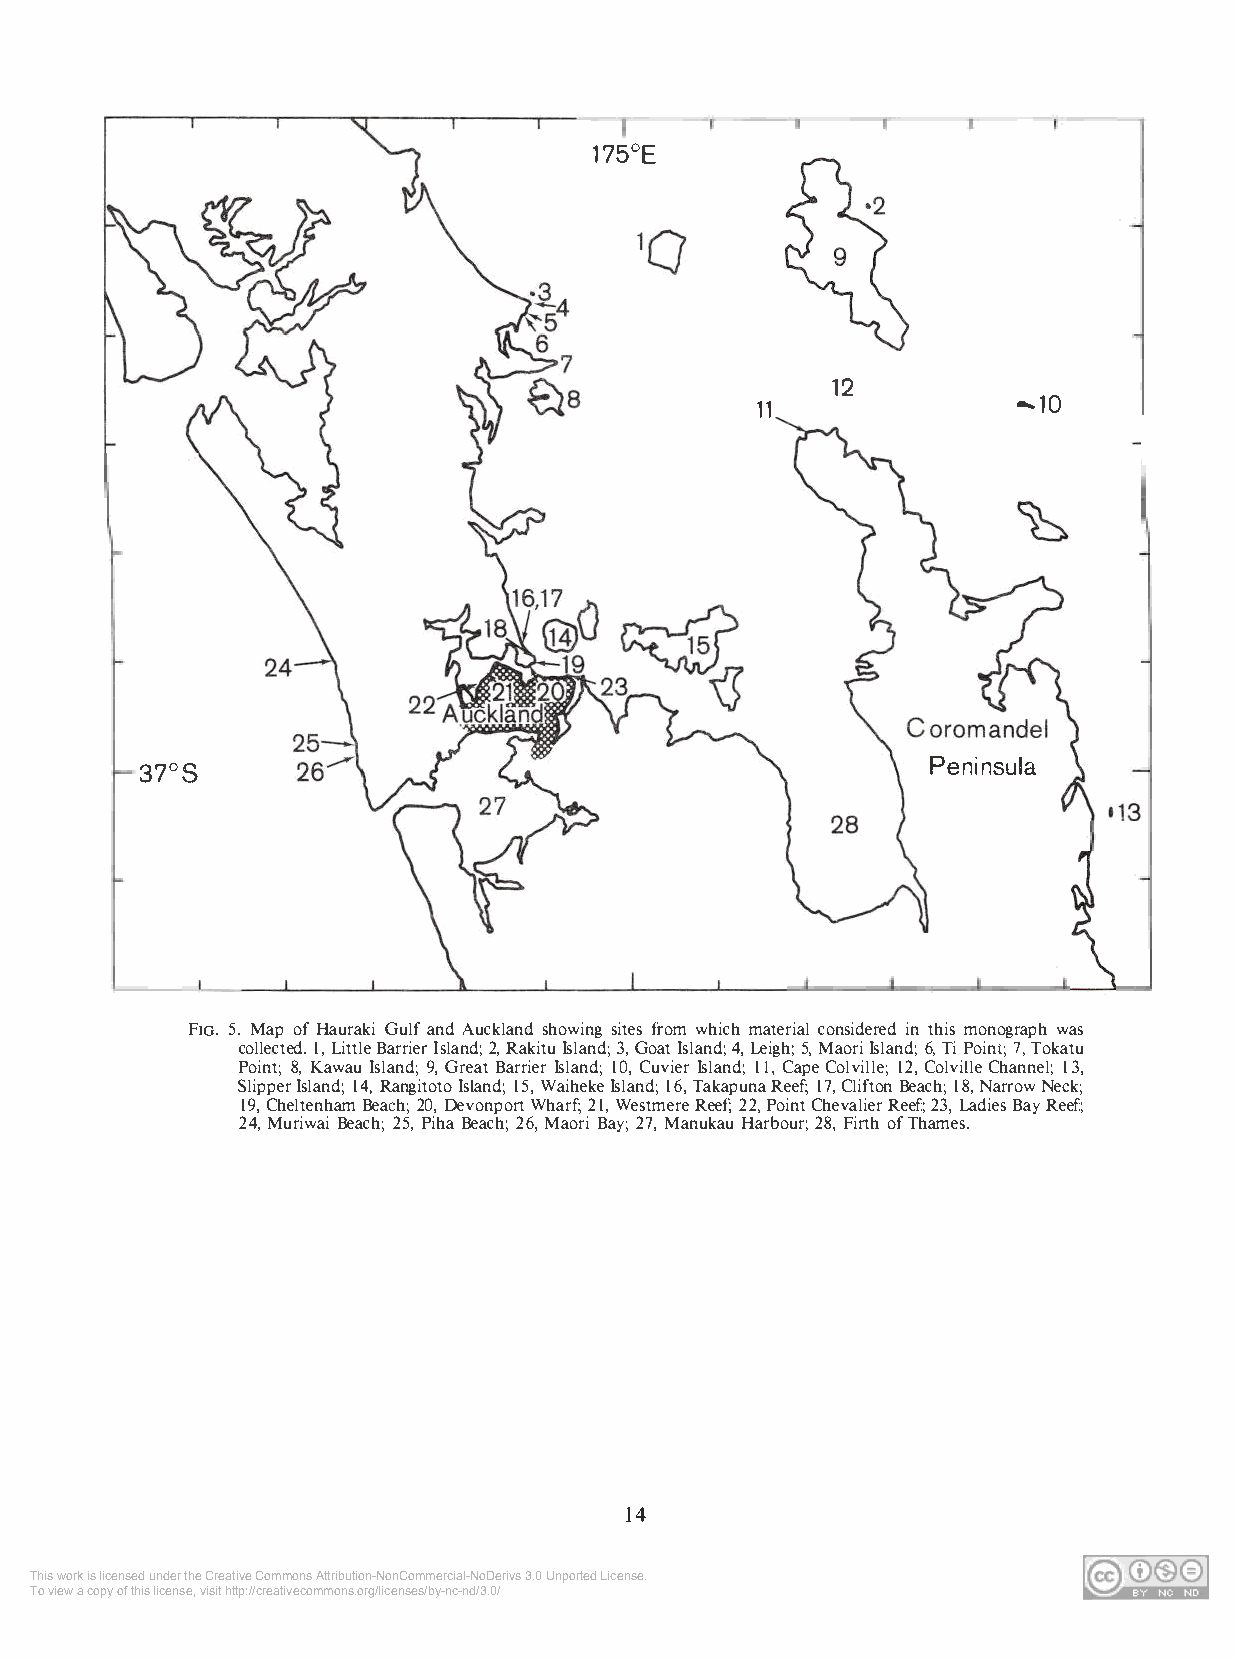
175°E
 12
 11               -10
 37°S                                                 Peninsula
 Fro. 5. Map of Hauraki Gulf and Auckland showing sites from which material considered in this monograph was
 collected. !, Little Barrier Island; 2, Rakitu Island; 3, Goat Island; 4, Leigh; 5, Maori Island; 6, Ti Point; 7, Tokatu
 Point; 8, Kawau Island; 9, Great Barrier Island; 10, Cuvier Island; 11, Cape Colville; 12, Colville Channel; 13,
 Slipper Island; 14, Rangitoto Island; 15, Waiheke Island; 16, Takapuna Reef; 17, Clifton Beach; 18, Narrow Neck;
 19, Cheltenham Beach; 20, Devonport Wharf; 21, Westmere Reef; 22, Point Chevalier Reef; 23, Ladies Bay Reef;
 24, Muriwai Beach; 25, Piha Beach; 26, Maori Bay; 27, Manukau Harbour; 28, Firth of Thames.
 14
 This work is licensed under the Creative Commons Attribution-NonCommercial-NoDerivs 3.0 Unported License.
 To view a copy of this license, visit http://creativecommons.org/licenses/by-nc-nd/3.0/